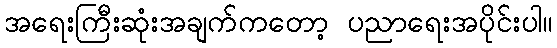
အရေးကြီးဆုံးအချက်ကတော့ ပညာရေးအပိုင်းပါ။